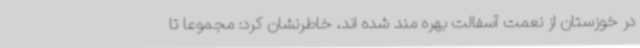
در خوزستان از نعمت آسفالت بهره مند شده اند، خاطرنشان کرد: مجموعا تا